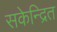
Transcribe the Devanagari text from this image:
सकेन्द्रित